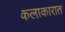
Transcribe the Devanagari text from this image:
कलाकारात